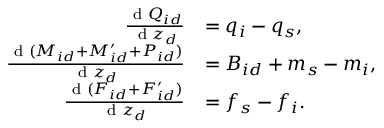
\begin{array} { r l } { \frac { \textnormal { d } Q _ { i d } } { \textnormal { d } z _ { d } } } & { = q _ { i } - q _ { s } , } \\ { \frac { \textnormal { d } ( M _ { i d } + M _ { i d } ^ { \prime } + P _ { i d } ) } { \textnormal { d } z _ { d } } } & { = B _ { i d } + m _ { s } - m _ { i } , } \\ { \frac { \textnormal { d } ( F _ { i d } + F _ { i d } ^ { \prime } ) } { \textnormal { d } z _ { d } } } & { = f _ { s } - f _ { i } . } \end{array}